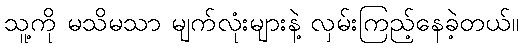
သူ့ကို မသိမသာ မျက်လုံးများနဲ့ လှမ်းကြည့်နေခဲ့တယ်။